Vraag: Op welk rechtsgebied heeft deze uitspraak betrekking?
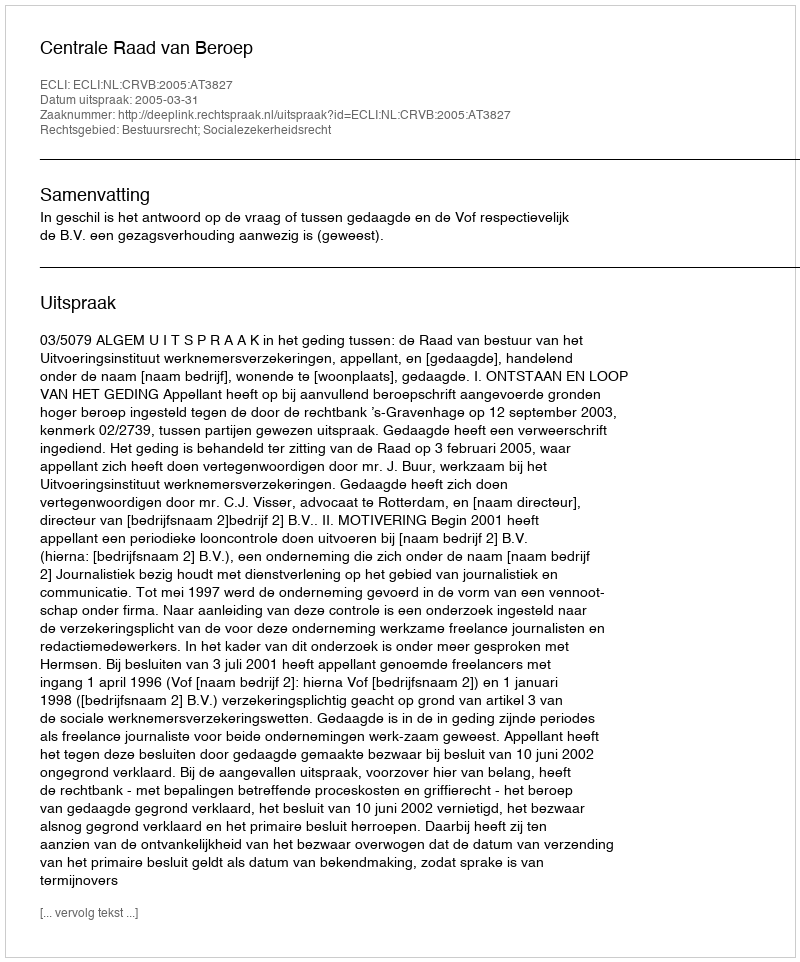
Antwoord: Bestuursrecht; Socialezekerheidsrecht